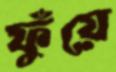
ফুঁয়ে